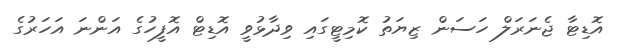
އޮޑިޓާ ޖެނަރަލް ހަސަން ޒިޔަތު ކޮމިޓީގައި ވިދާޅުވީ އޮޑިޓް އޮފީހުގެ އަންނަ އަހަރުގެ